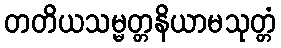
တတိယသမ္မတ္တနိယာမသုတ္တံ